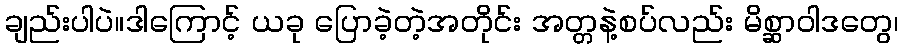
ချည်းပါပဲ။ဒါကြောင့် ယခု ပြောခဲ့တဲ့အတိုင်း အတ္တနဲ့စပ်လည်း မိစ္ဆာဝါဒတွေ၊